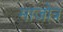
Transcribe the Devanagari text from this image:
माजोत्र